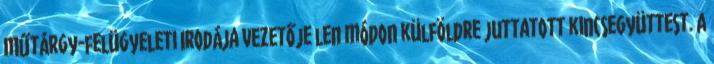
Műtárgy-felügyeleti Irodája vezetője len módon külföldre juttatott kincsegyüttest. A